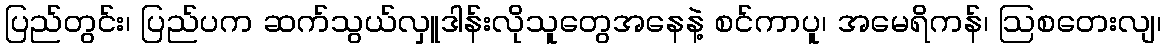
ပြည်တွင်း၊ ပြည်ပက ဆက်သွယ်လှူဒါန်းလိုသူတွေအနေနဲ့ စင်ကာပူ၊ အမေရိကန်၊ ဩစတေးလျ၊